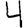
Digit: 4